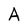
Character: A